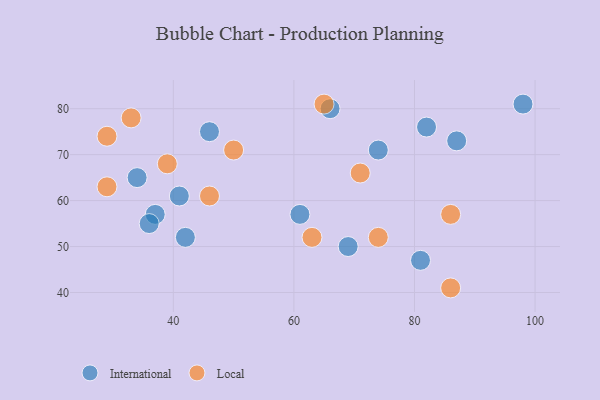
{"axis": {"x": "GDP", "y": "Life Expectancy"}, "legend": ["International", "Local"], "data": [{"x": "42", "y": 52, "type": "International"}, {"x": "87", "y": 73, "type": "International"}, {"x": "81", "y": 47, "type": "International"}, {"x": "66", "y": 80, "type": "International"}, {"x": "98", "y": 81, "type": "International"}, {"x": "37", "y": 57, "type": "International"}, {"x": "82", "y": 76, "type": "International"}, {"x": "46", "y": 75, "type": "International"}, {"x": "36", "y": 55, "type": "International"}, {"x": "61", "y": 57, "type": "International"}, {"x": "41", "y": 61, "type": "International"}, {"x": "69", "y": 50, "type": "International"}, {"x": "34", "y": 65, "type": "International"}, {"x": "74", "y": 71, "type": "International"}, {"x": "50", "y": 71, "type": "Local"}, {"x": "39", "y": 68, "type": "Local"}, {"x": "71", "y": 66, "type": "Local"}, {"x": "46", "y": 61, "type": "Local"}, {"x": "33", "y": 78, "type": "Local"}, {"x": "29", "y": 74, "type": "Local"}, {"x": "63", "y": 52, "type": "Local"}, {"x": "65", "y": 81, "type": "Local"}, {"x": "86", "y": 41, "type": "Local"}, {"x": "86", "y": 57, "type": "Local"}, {"x": "29", "y": 63, "type": "Local"}, {"x": "74", "y": 52, "type": "Local"}]}